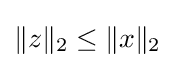
\|z\|_{2}\leq \|x\|_{2}